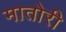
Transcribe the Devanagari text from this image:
मातोरी